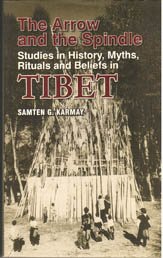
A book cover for Arrow and Spindle vol 1- Studies in History, Myths, Rituals and Beliefs in Tibet; Karmay; Travel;